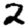
Digit: 2